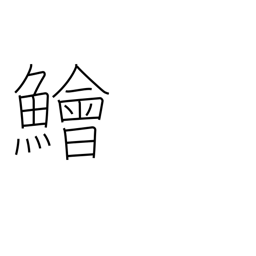
Meaning: lizard fish